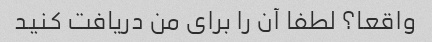
واقعا؟ لطفا آن را برای من دریافت کنید